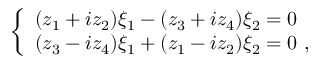
\left\{ \begin{array} { l } { { ( z _ { 1 } + i z _ { 2 } ) \xi _ { 1 } - ( z _ { 3 } + i z _ { 4 } ) \xi _ { 2 } = 0 } } \\ { { ( z _ { 3 } - i z _ { 4 } ) \xi _ { 1 } + ( z _ { 1 } - i z _ { 2 } ) \xi _ { 2 } = 0 ~ , } } \end{array} \right.